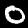
Label: 0